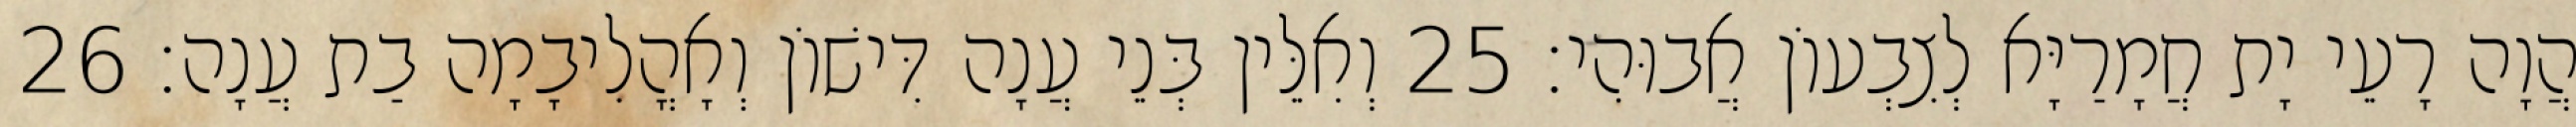
הֲוָה רָעֵי יָת חֲמָרַיָּא לְצִבְעוֹן אֲבוּהִי׃ 25 וְאִלֵּין בְּנֵי עֲנָה דִּישׁוֹן וְאָהֳלִיבָמָה בַת עֲנָה׃ 26